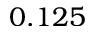
0 . 1 2 5